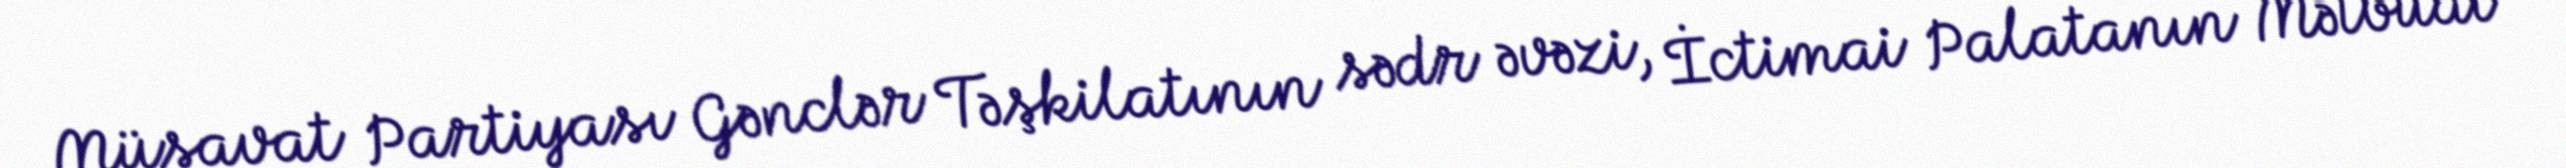
Müsavat Partiyası Gənclər Təşkilatının sədr əvəzi, İctimai Palatanın Mətbuat